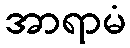
အာရာမံ